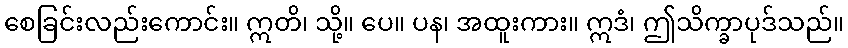
စေခြင်းလည်းကောင်း။ ဣတိ၊ သို့။ ပေ။ ပန၊ အထူးကား။ ဣဒံ၊ ဤသိက္ခာပုဒ်သည်။